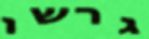
גרשו